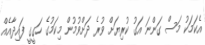
އެކަމަކު މަސް ގަންނަ އަގު ކުރިޔަށް ވުރެ ދަށްވުމުން މިކަމުގެ ހަގީގީ ފައިދާއެއް